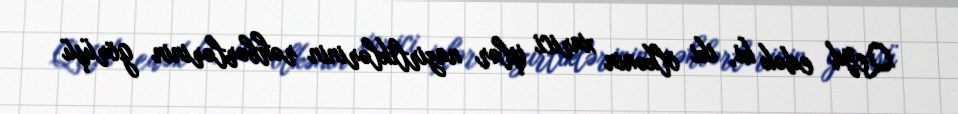
Qeyd edək ki, iki ölkənin xarici işlər nazirliklərinin rəhbərlərinin görüşü